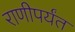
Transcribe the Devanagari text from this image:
राणीपर्यंत